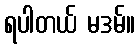
ရပါတယ် မဒမ်။